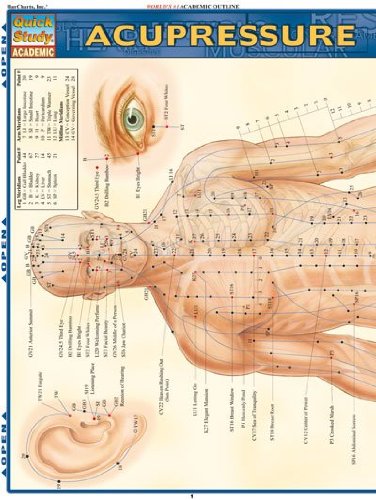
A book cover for Acupressure (Quickstudy: Academic); Inc. BarCharts; Medical Books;